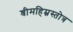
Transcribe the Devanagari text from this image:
श्रीमहिम्नस्तोत्र